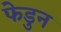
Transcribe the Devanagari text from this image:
फेडुन